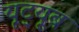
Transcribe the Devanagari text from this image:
यूट़्यूब